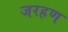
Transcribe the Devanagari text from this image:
जरहण